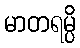
မာတရမ္ပိ